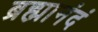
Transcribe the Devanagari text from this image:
ब्रह्मानंदं